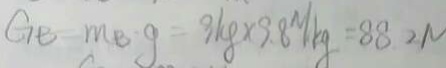
G B = m B \cdot g = 9 h g \times 9 . 8 N / k g = 8 8 . 2 N